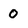
Character: 0